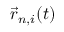
\vec { r } _ { n , i } ( t )